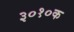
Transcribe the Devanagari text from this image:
३०१०क